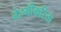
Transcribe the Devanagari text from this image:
नेहमीकरिता